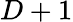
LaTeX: D+1